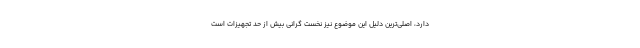
دارد، اصلی‌ترین دلیل این موضوع نیز نخست گرانی بیش از حد تجهیزات است